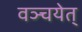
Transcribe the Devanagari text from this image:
वञ्चयेत्